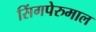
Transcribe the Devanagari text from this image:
सिंगपेरुमाल